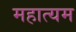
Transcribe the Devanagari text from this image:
महात्यम